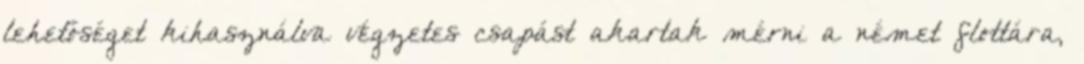
lehetőséget kihasználva végzetes csapást akartak mérni a német flottára,